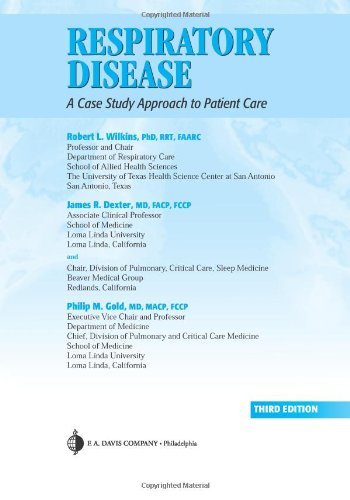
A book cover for Respiratory Disease: A Case Study Approach to Patient Care; James R. Dexter MD  FACP  FCCP; Medical Books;